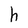
Character: h